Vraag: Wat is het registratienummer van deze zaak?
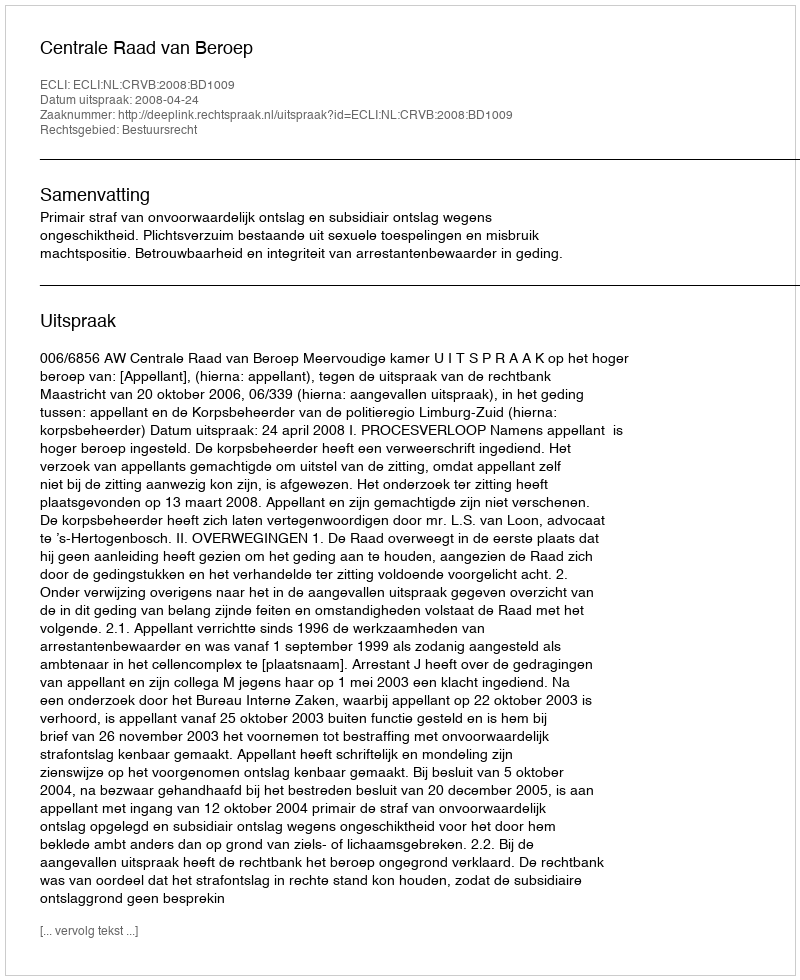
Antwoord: http://deeplink.rechtspraak.nl/uitspraak?id=ECLI:NL:CRVB:2008:BD1009